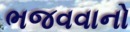
ભજવવાનો